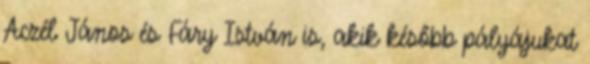
Aczél János és Fáry István is, akik később pályájukat